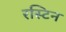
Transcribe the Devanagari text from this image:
रस्टिन